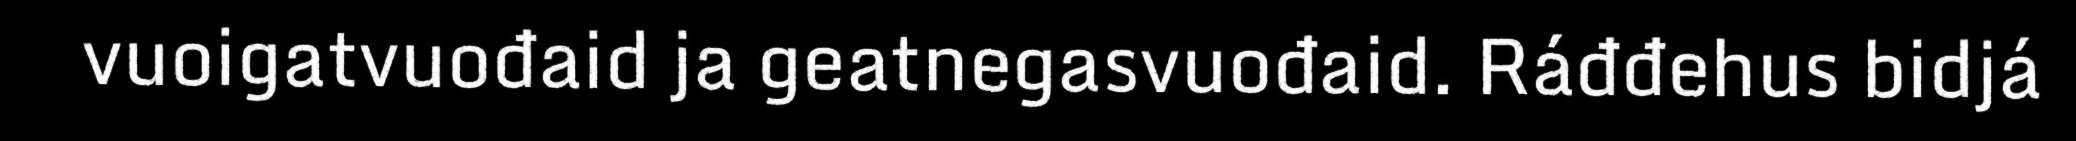
vuoigatvuođaid ja geatnegasvuođaid. Ráđđehus bidjá